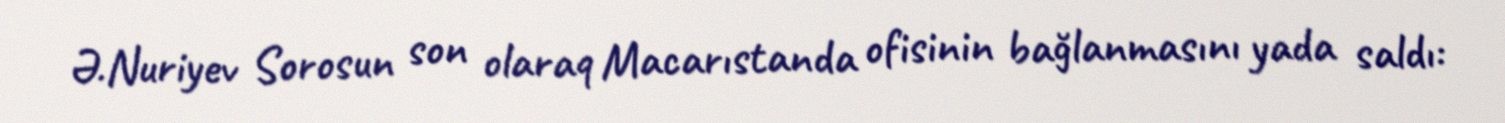
Ə.Nuriyev Sorosun son olaraq Macarıstanda ofisinin bağlanmasını yada saldı: